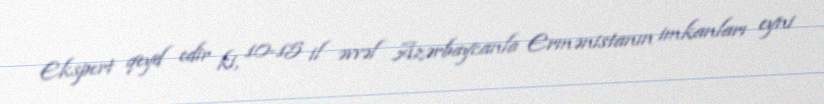
Ekspert qeyd edir ki, 10-15 il əvvəl Azərbaycanla Ermənistanın imkanları eyni